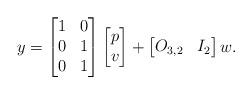
LaTeX: \begin{align*}y = \begin{bmatrix} 1 & 0 \\ 0 & 1 \\ 0 & 1 \end{bmatrix} \begin{bmatrix}p \\ v \end{bmatrix} + \begin{bmatrix} O_{3,2} & I_2 \end{bmatrix} w .\end{align*}